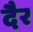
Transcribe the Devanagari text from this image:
दैर